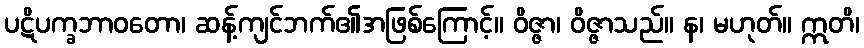
ပဋိပက္ခဘာဝတော၊ ဆန့်ကျင်ဘက်၏အဖြစ်ကြောင့်။ ဝိဇ္ဇာ၊ ဝိဇ္ဇာသည်။ န၊ မဟုတ်။ ဣတိ၊